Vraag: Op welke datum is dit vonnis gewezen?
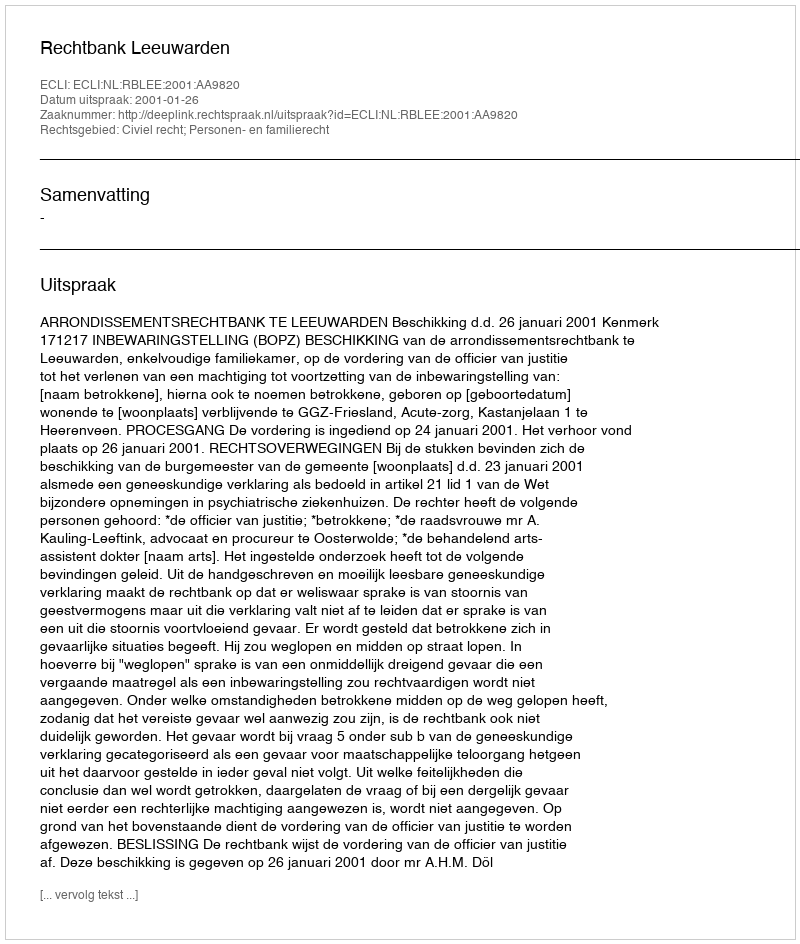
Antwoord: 2001-01-26